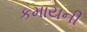
કમાયની